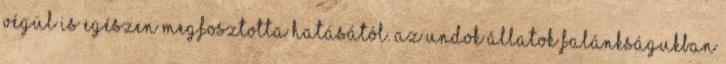
végül is egészen megfosztotta hatásától. Az undok állatok falánkságukban